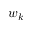
w _ { k }